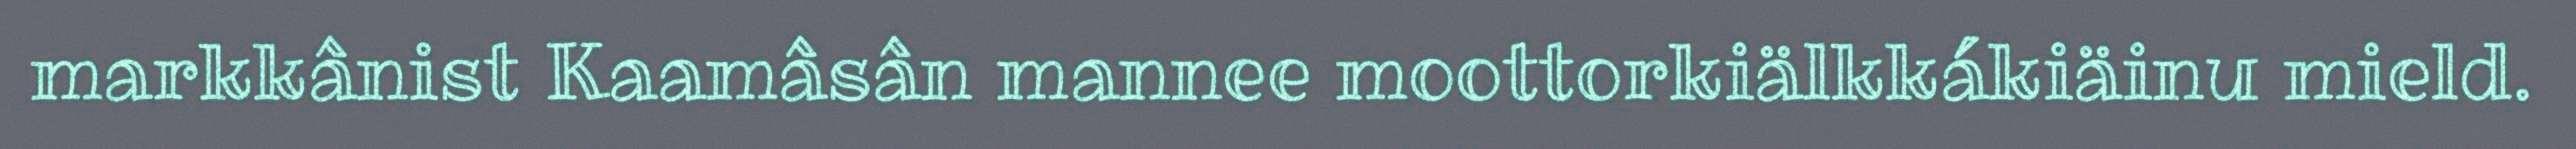
markkânist Kaamâsân mannee moottorkiälkkákiäinu mield.